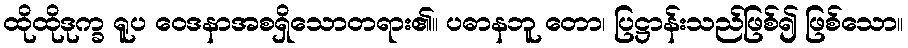
ထိုထိုဒုက္ခ ရူပ ဝေဒနာအစရှိသောတရား၏။ ပဓာနဘူ တော၊ ပြဋ္ဌာန်းသည်ဖြစ်၍ ဖြစ်သော။